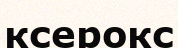
ксерокс